Annual report of the Imperial Bacteriological Laboratory, Muktesar
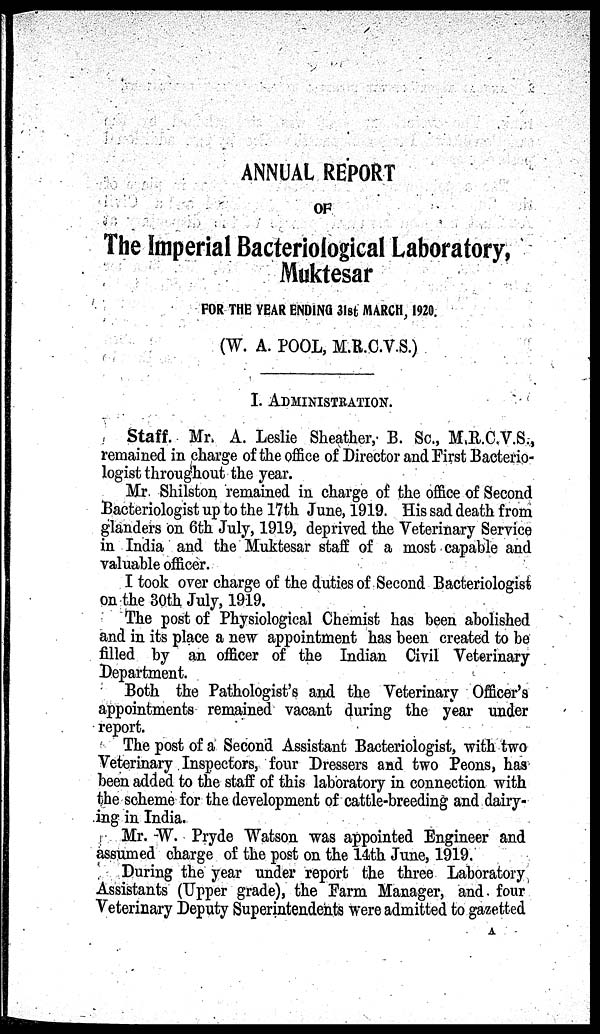
ANNUAL REPORT
OF
The Imperial Bacteriological Laboratory,
Muktesar
FOR THE YEAR ENDING 31st MARCH, 1920.
(W. A. POOL, M.R.C.V.S.)
I. ADMINISTRATION.
Staff. Mr. A. Leslie Sheather, B. Sc., M.R.C.V.S.,
remained in charge of the office of Director and First Bacterio-
logist throughout the year.
Mr Shilston remained in charge of the office of Second
Bacteriologist up to the 17th June, 1919. His sad death from
glanders on 6th July, 1919, deprived the Veterinary Service
in India and the Muktesar staff of a most capable and
valuable officer.
I took over charge of the duties of Second Bacteriologist
on the 30th July, 1919.
The post of Physiological Chemist has been abolished
and in its place a new appointment has been created to be
filled by an officer of the Indian Civil Veterinary
Department.
Both the Pathologist's and the Veterinary Officer's
appointments remained vacant during the year under
report.
The post of a Second Assistant Bacteriologist, with two
Veterinary Inspectors, four Dressers and two Peons, has
been added to the staff of this laboratory in connection with
the scheme for the development of cattle-breeding and dairy-
ing in India.
Mr. W. Pryde Watson was appointed Engineer and
assumed charge of the post on the 14th June, 1919.
During the year under report the three Laboratory
Assistants (Upper grade), the Farm Manager, and four
Veterinary Deputy Superintendents were admitted to gazetted
A